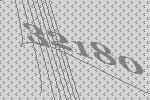
32180